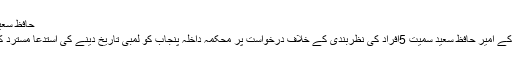
حافظ سعید کی نظربندی، محکمہ داخلہ کو آج بحث مکمل کرنے کی ہدایت
لاہور(نامہ نگار خصوصی )لاہور ہائیکورٹ نے جماعت الدعوۃ کے امیر حافظ سعید سمیت 5افراد کی نظربندی کے خلاف درخواست پر محکمہ داخلہ پنجاب کو لمبی تاریخ دینے کی استدعا مسترد کر تے ہوئے آج21مارچ کو بحث مکمل کرنے کی ہدایت کر دی۔